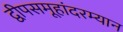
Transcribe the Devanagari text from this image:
द्वीपसमूहांदरम्यान